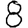
Digit: 8